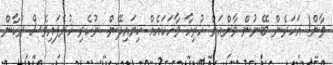
ވާން! އަހަރެން ބޭނުން ވާންއަށް ހުރިހާ ވާހަކައެއް ކިޔައިދޭން. ނުކެރި ހުރެފައިވެސް ރުކާން